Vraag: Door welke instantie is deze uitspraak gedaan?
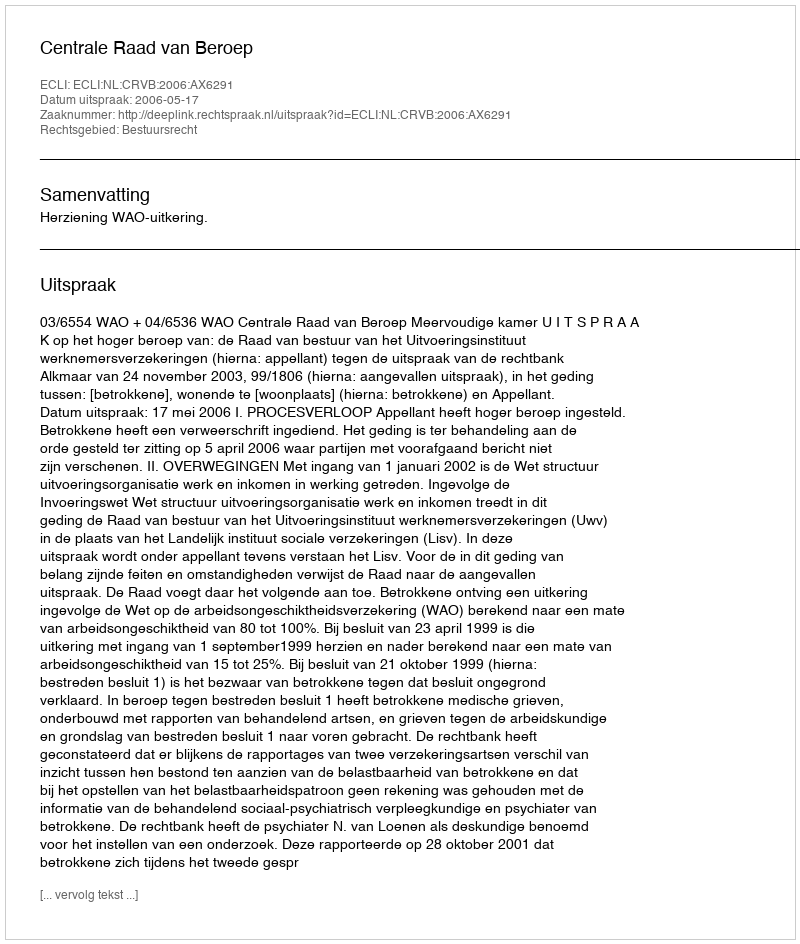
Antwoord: Centrale Raad van Beroep